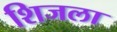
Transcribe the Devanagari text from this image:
शिजला